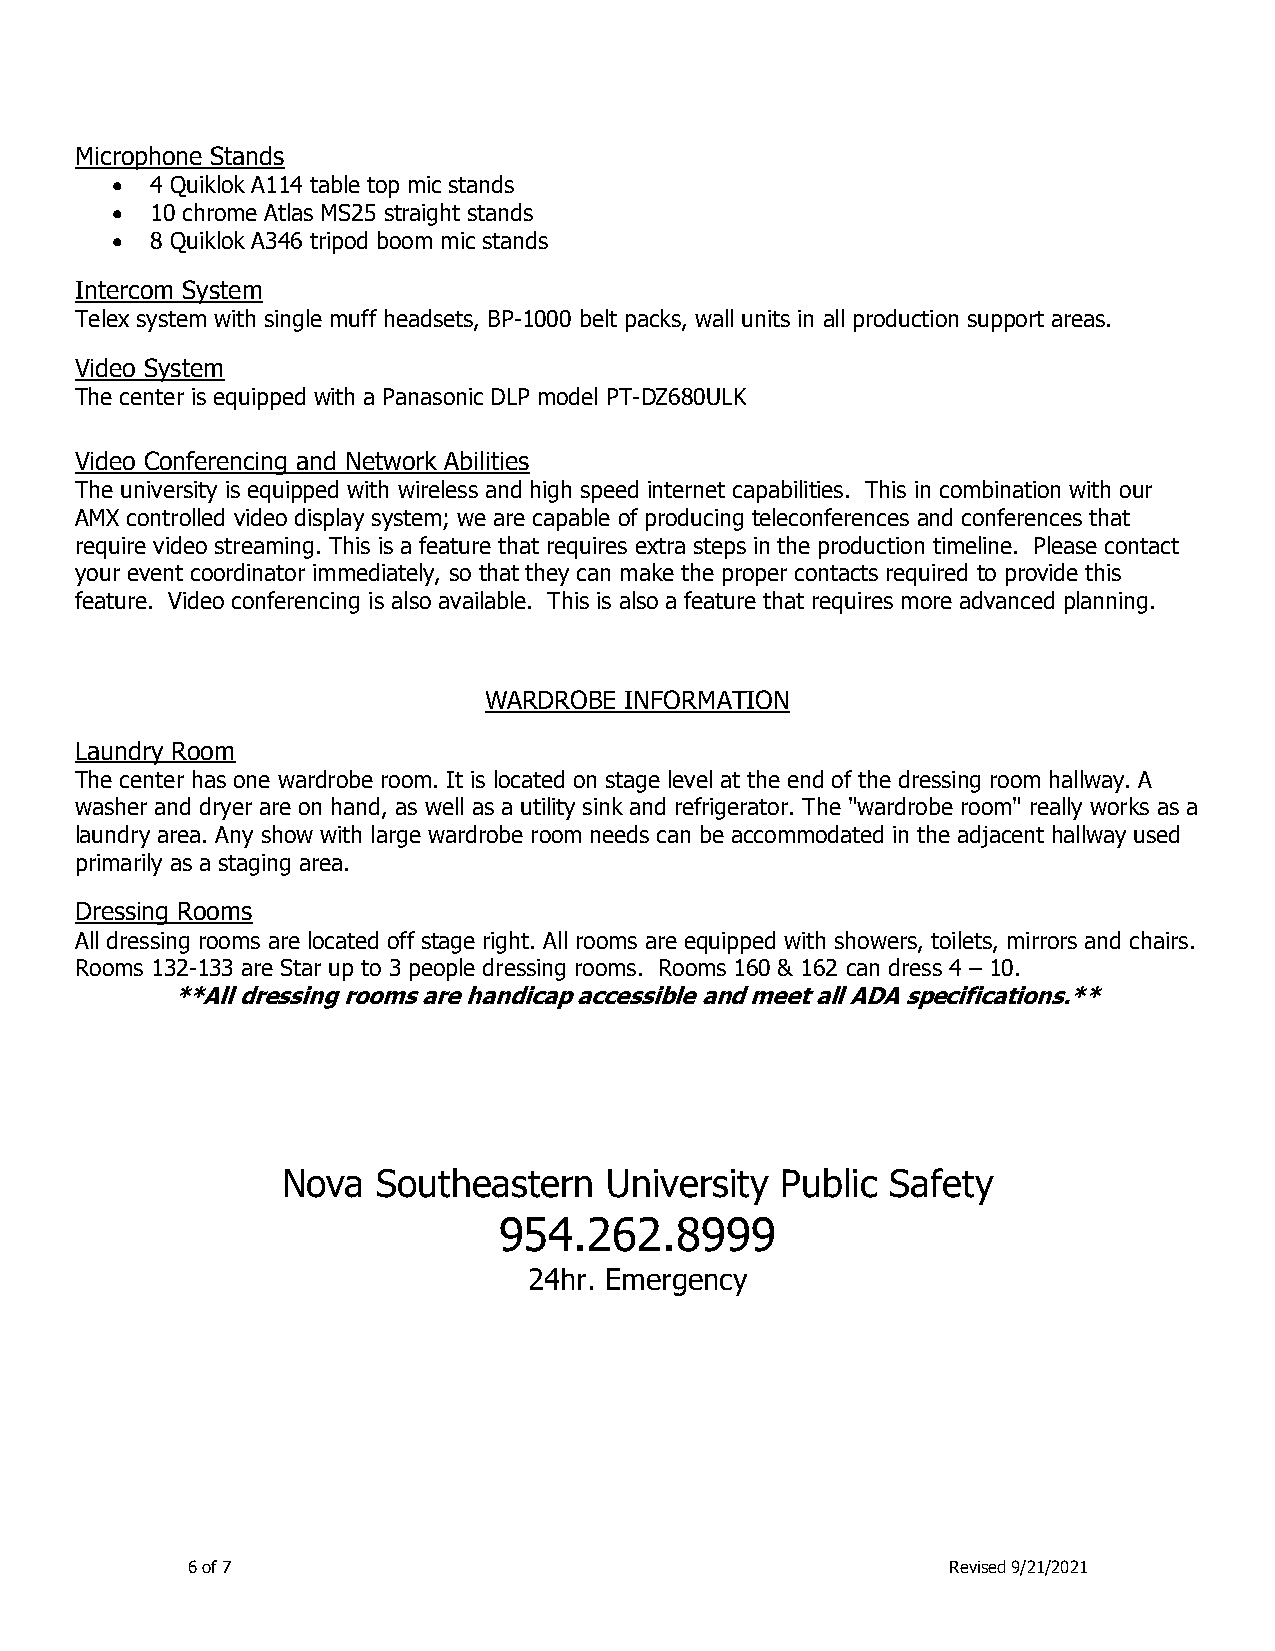
Microphone Stands
   4 Quiklok A114 table top mic stands
   10 chrome Atlas MS25 straight stands
   8 Quiklok A346 tripod boom mic stands
 Intercom System
 Telex system with single muff headsets, BP-1000 belt packs, wall units in all production support areas.
 Video System
 The center is equipped with a Panasonic DLP model PT-DZ680ULK
 Video Conferencing and Network Abilities
 The university is equipped with wireless and high speed internet capabilities. This in combination with our
 AMX controlled video display system; we are capable of producing teleconferences and conferences that
 require video streaming. This is a feature that requires extra steps in the production timeline. Please contact
 your event coordinator immediately, so that they can make the proper contacts required to provide this
 feature. Video conferencing is also available. This is also a feature that requires more advanced planning.
 WARDROBE INFORMATION
 Laundry Room
 The center has one wardrobe room. It is located on stage level at the end of the dressing room hallway. A
 washer and dryer are on hand, as well as a utility sink and refrigerator. The "wardrobe room" really works as a
 laundry area. Any show with large wardrobe room needs can be accommodated in the adjacent hallway used
 primarily as a staging area.
 Dressing Rooms
 All dressing rooms are located off stage right. All rooms are equipped with showers, toilets, mirrors and chairs.
 Rooms 132-133 are Star up to 3 people dressing rooms. Rooms 160 & 162 can dress 4 – 10.
 **All dressing rooms are handicap accessible and meet all ADA specifications.**
 Nova  Southeastern   University  Public Safety
 954.262.8999
 24hr. Emergency
 6 of 7                                             Revised 9/21/2021